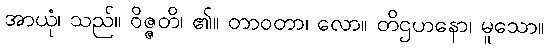
အာယုံ၊ သည်။ ဝိဇ္ဇတိ၊ ၏။ တာဝတာ၊ လော။ တိဌဟနော၊ မူသော။